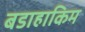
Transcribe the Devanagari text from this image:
बडाहाकिम